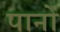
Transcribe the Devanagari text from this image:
पानों